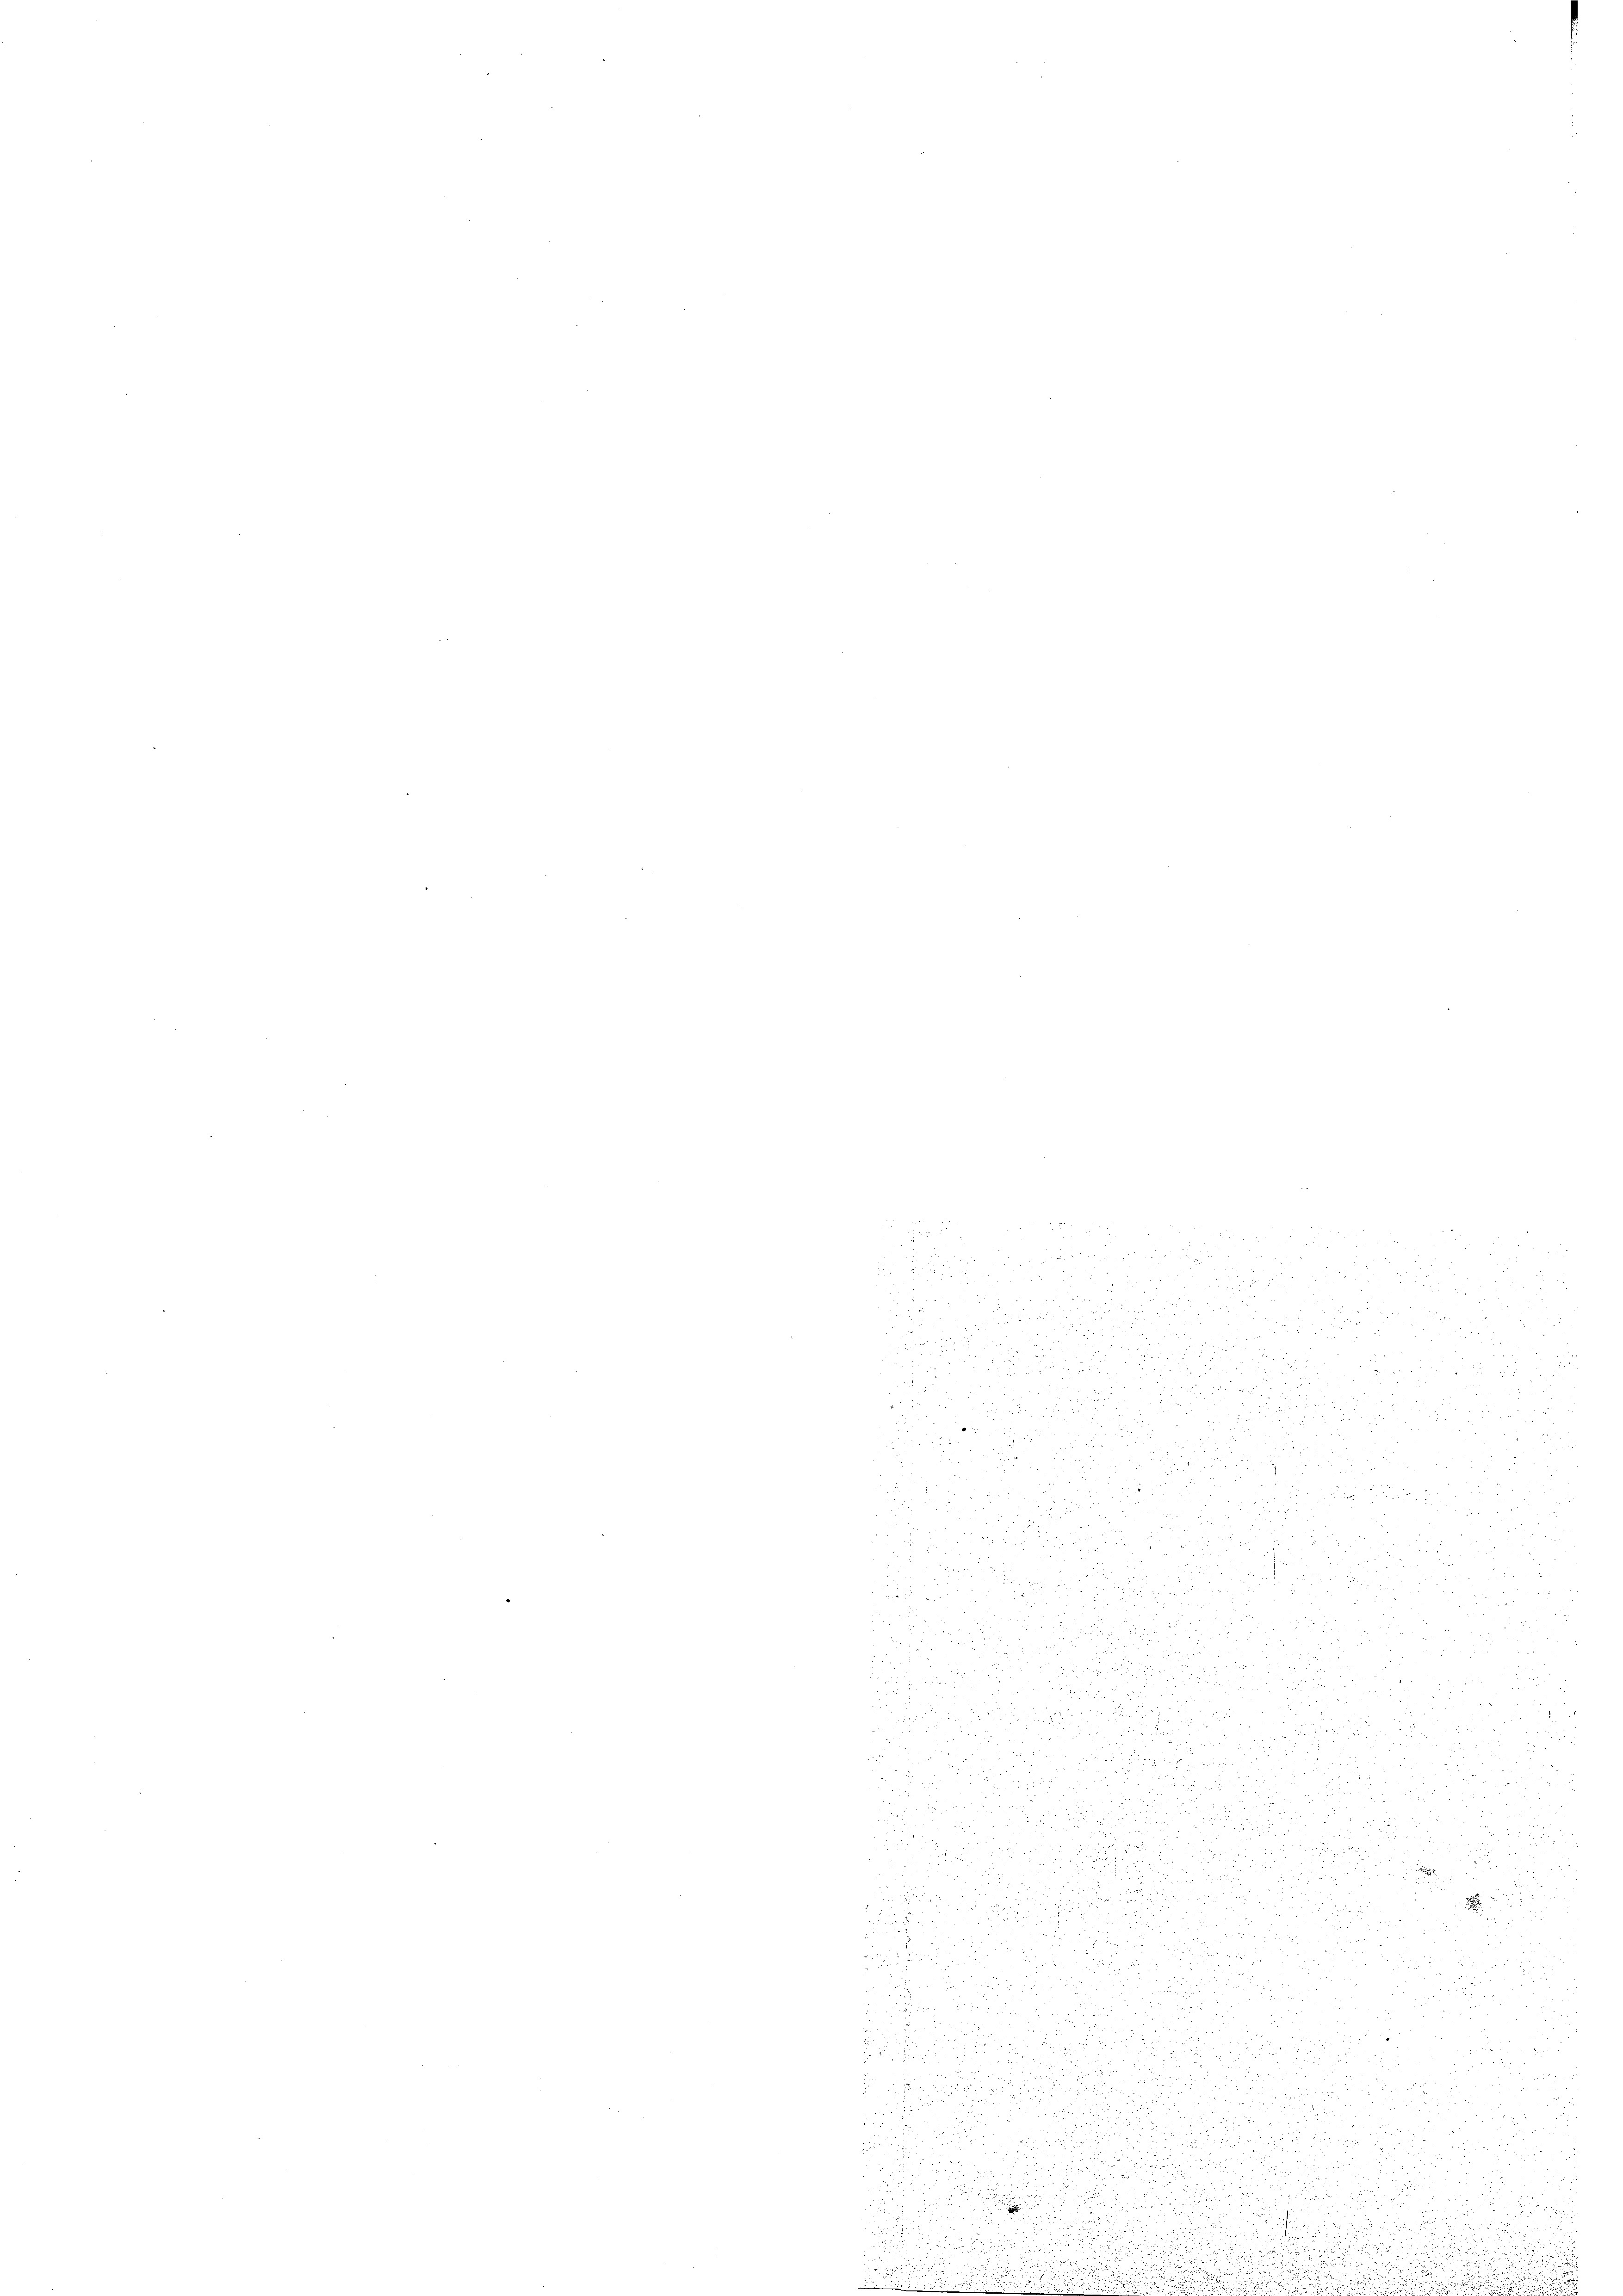
a 27

z
f 2 x 2 x
u
e

u

2

5 f 0 x

 f 0 x
 xx
1222

u
e

2 f 41 xx
2 f 0 x

.
3
x
2
.
i

 2
u
8
.

3
.
2

g

2

 Jede des
.
2 2 x x
.
 x 2 x 2 x

.

.

2

.
e
.
u
5
o

 0 f

2
dun
.
.
.
5
.
 50 x
2 45 x
n

x
u
.
lau 10
   11
.

1 xx
 . . .
e
23

 4 x 2
a
n
u
 x 2 x x
2

ra so
5
e
e

5
di

2
 55

 f 0 x

1

8 S. 12
.

2
 1 f 4 x
2

535
.

.

2
85 xx

 8 20
.
 2 x 2

d

des

s

.
e

8

.
25
2
.
25 f 0 x
 xx

 512
n

 29
Be

d
 2 2
 82

f

n

5

B

.

d

a

.
E

d

 2

.

.

3

2
173

3
.
27 f 30 x

n

8 " " 2
22
55
32
2

u
 25
d

2

2 x

¬

8
d

 e
 5
15
eien

2 80

a
a

e
u

58
2
2

d

2

2
2

d
.

u
e
u
¬
d
n

und

257
.
n

.
¬
u

d
.
u

i